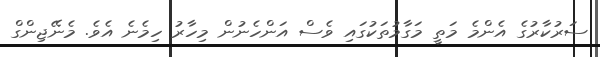
ސަރުކާރުގެ އެންމެ މަތީ މަގާމުތަކުގައި ވެސް އަންހެނުން މިހާރު ހިމެނެ އެވެ. މެނޭޖިންގް